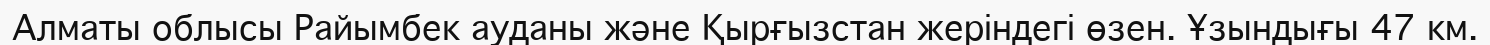
Алматы облысы Райымбек ауданы және Қырғызстан жеріндегі өзен. Ұзындығы 47 км.